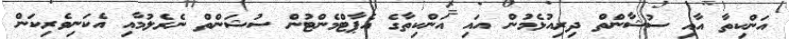
އަންކިތާ އާއި ސުޝާންތް ދިރިއުޅެމުން އައި އަންކިތާގެ އެޕާޓްމެންޓުން ސުޝަންތް ނެރެލުމާއި އެކަނިވެރިކަން